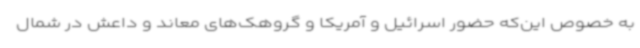
به خصوص این‌که حضور اسرائیل و آمریکا و گروهک‌های معاند و داعش در شمال